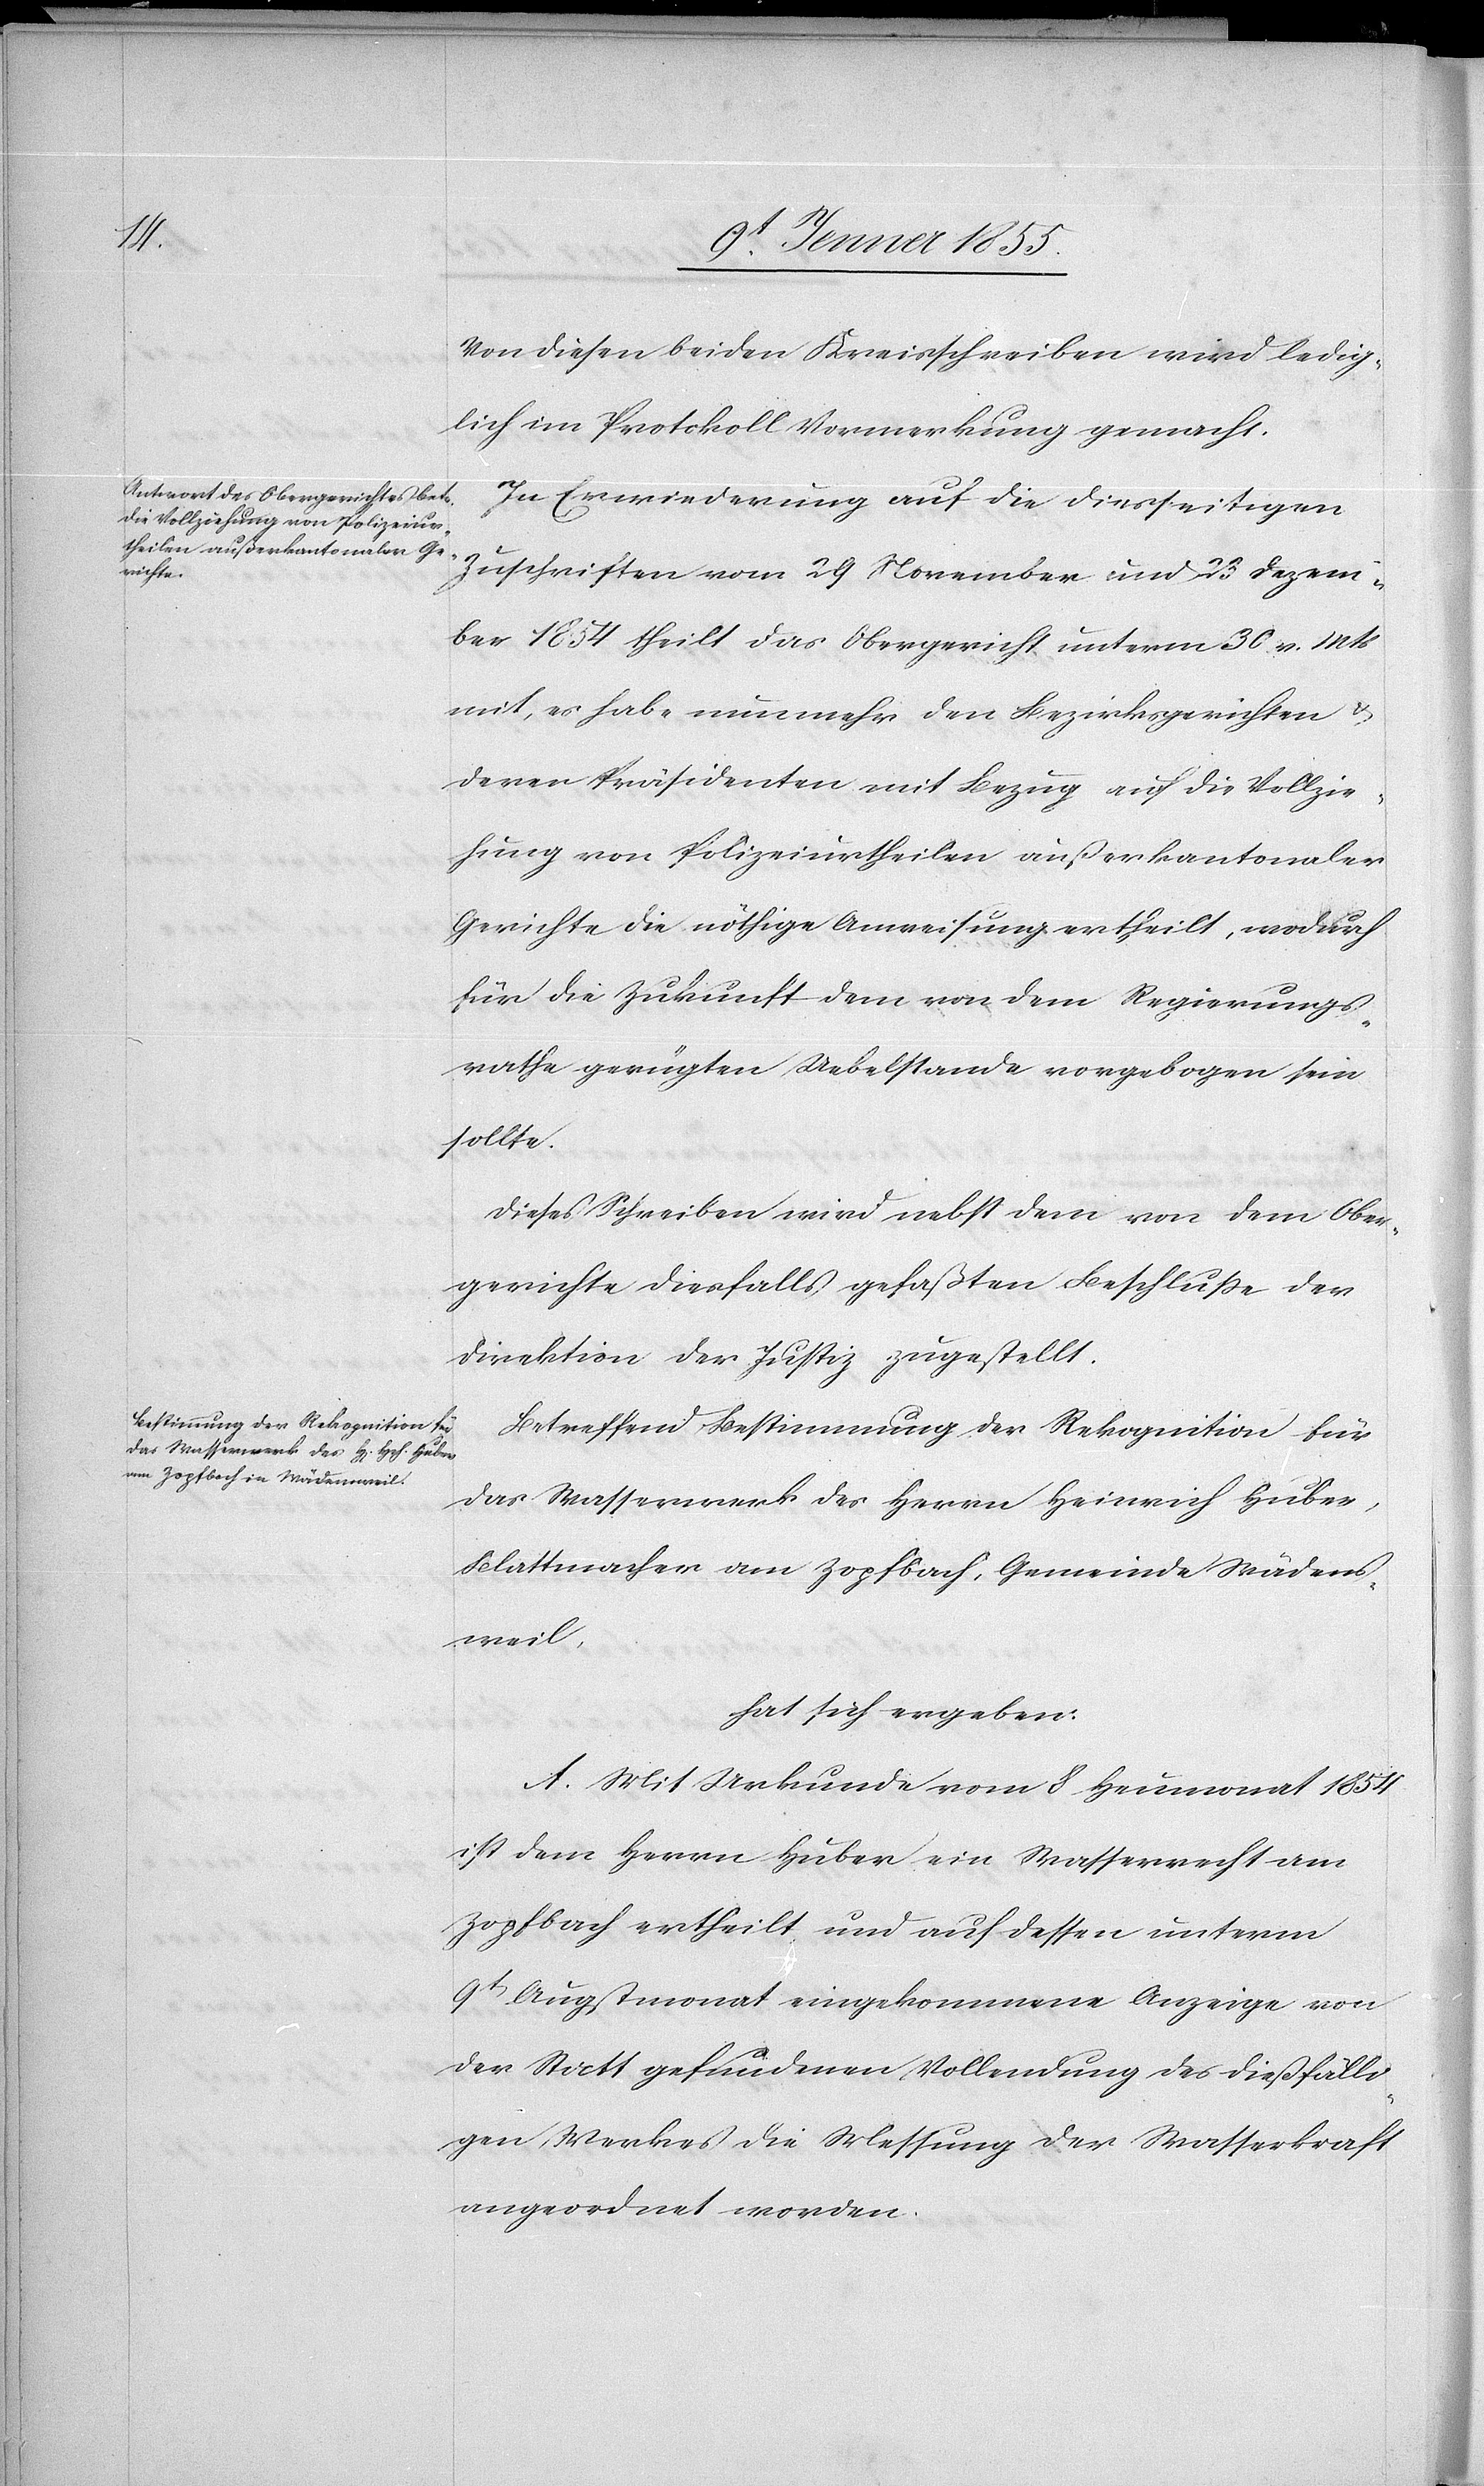
Von diesen beiden Kreisschreiben wird ledig¬
lich im Protokoll Vormerkung gemacht.
In Erwiederung auf die diesseitigen
Zuschriften vom 29 November und 23 Dezem¬
ber 1854 theilt das Obergericht unterm 30. v. Mts
mit, es habe nunmehr den Bezirksgerichten &
deren Präsidenten mit Bezug auf die Vollzie¬
hung von Polizeiurtheilen außerkantonaler
Gerichte die nöthige Anweisung ertheilt, wodurch
für die Zukunft dem von dem Regierungs¬
rathe gerügten Uebelstande vorgebogen sein
sollte.
Dieses Schreiben wird nebst dem von dem Ober¬
gerichte diesfalls gefaßten Beschlusse der
Direktion der Justiz zugestellt.
Betreffend Bestimmung der Rekognition für
das Wasserwerk des Herrn Heinrich Huber,
Blattmacher am Zopfbach, Gemeinde Wädens¬
weil,
hat sich ergeben:
A. Mit Urkunde vom 8 Heumonat 1854
ist dem Herrn Huber ein Wasserrecht am
Zopfbach ertheilt und auf dessen unterm
9t Augstmonat eingekommene Anzeige von
der Statt gefundenen Vollendung des dießfälli¬
gen Werkes die Messung der Wasserkraft
angeordnet worden.